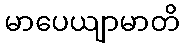
မာပေယျာမာတိ